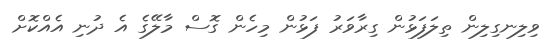
ވިލިނގިލިން ތިލަފަޅުން ގިރާވަރު ފަޅުން މިހެން ގޮސް މާލޭގެ އެ ދުނި އެއްކޮށް